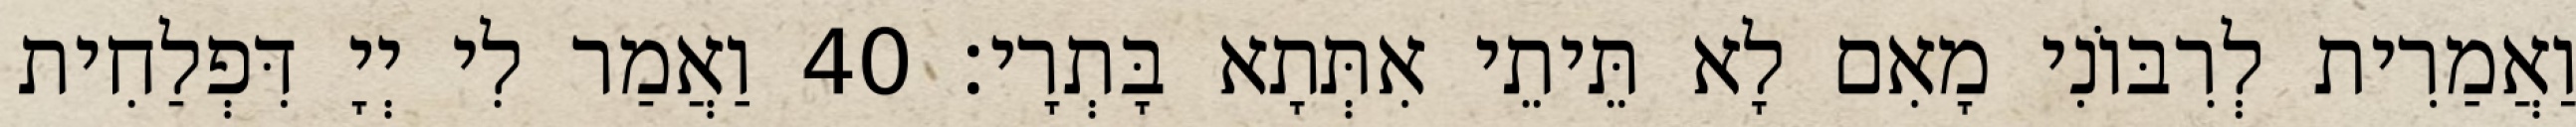
וַאֲמַרִית לְרִבּוֹנִי מָאִם לָא תֵּיתֵי אִתְּתָא בָּתְרָי׃ 40 וַאֲמַר לִי יְיָ דִּפְלַחִית